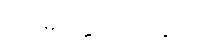
ဒသမတ္တေသု၊ ဆယ်လုံး